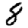
Digit: 8